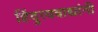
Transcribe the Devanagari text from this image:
हिंदुत्ववाद्यांनी